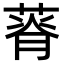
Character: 𦵾